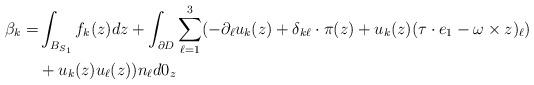
LaTeX: \begin{align*}\beta_k =& \int_{B_{S_1}} f_k(z) dz + \int_{\partial D} \sum^3_{\ell=1} (-\partial_{\ell} u_k (z) +\delta_{k\ell} \cdot \pi(z) + u_k (z) (\tau \cdot e_1 - \omega \times z)_{\ell}) \\&+ u_k(z) u_{\ell}(z)) n_{\ell} d0_z\end{align*}